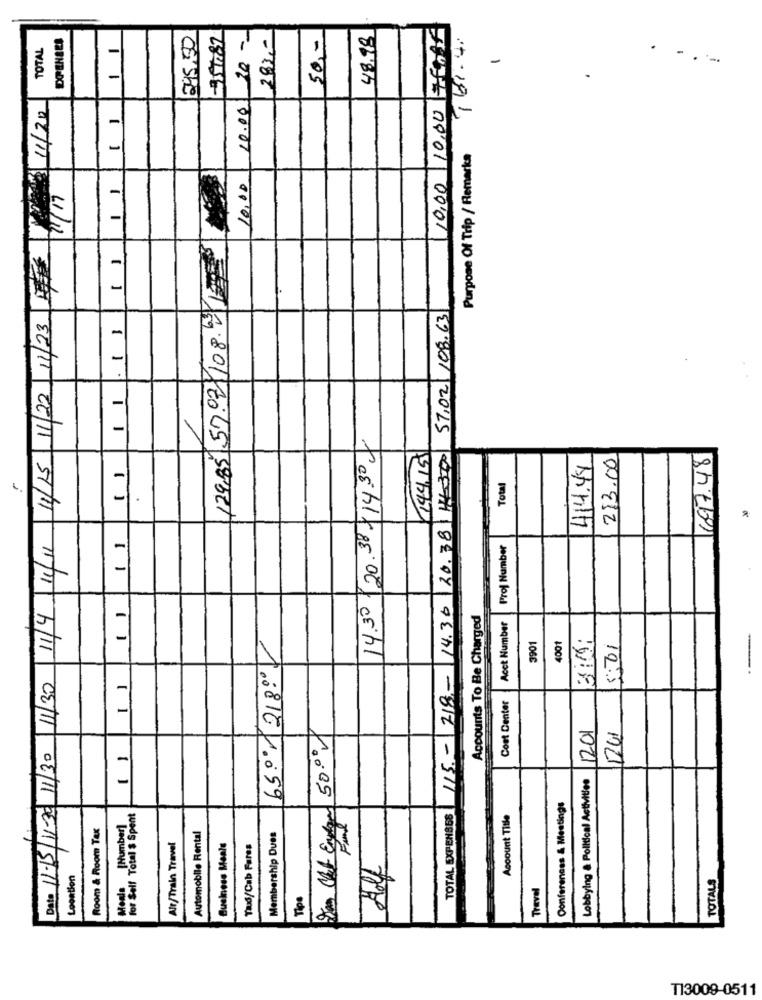
10.00/20 -
282,0
48.98
10,00 10.00 76016
245,50
957.87
50 ,-
161.4.
TOTAL
1 1
.
-
8
.
LE 3 1/20
-
-
Purpose Of Trip / Remarks
1 1
10,00
2/17
129,85 5702/108.4
-
-
57,02/108.63
Date 11-15/1-30 11/30 11/30 11/4 11/11 11/15 11/22 11/23
11 . 13
14.30 /20.38-14.30 -
144.15
115 .- 218 ,- 14.36 20.38 1.300
414.44
213.00
697.48
Total
11
Prof Number
Accounts To Be Charged
Acct Number
3901
650 218.00/
4001
2
5:01
Cont Center
50.000
1201
1741
1 )
Lobbying & Political Activities
Conferences & Meetings
for Sell Total $ Spent
TOTAL EXPENSES
Account Title
Room & Room Tax
Meals [Number]
Automobile Rental
Membership Dues
Alr/Train Travel
Business Meals
Tad/Cab Fares
Location
TOTALS
Travel
Tips
T13009-0511